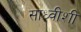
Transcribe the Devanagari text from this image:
साध्वीशी